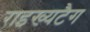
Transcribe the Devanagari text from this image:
राइख्यटैग